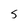
Character: S